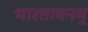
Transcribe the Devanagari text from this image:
भारतायनम्